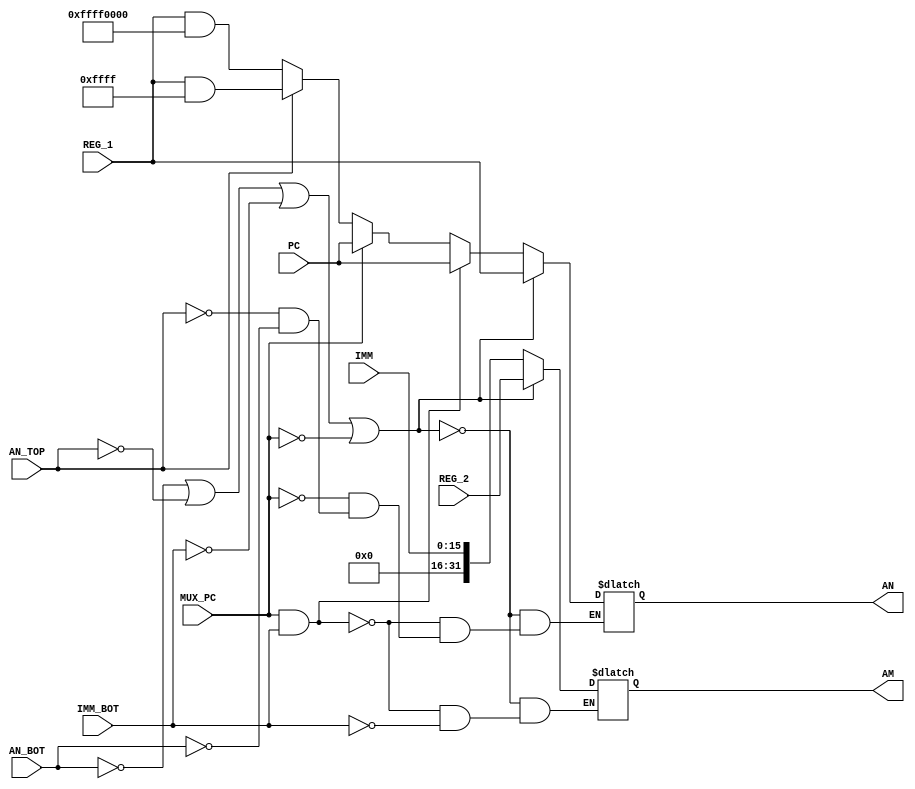
module DataPath 
(
    input[31:0] PC, REG_1, REG_2,
    input[15:0] IMM,
    input AN_BOT, AN_TOP, IMM_BOT, MUX_PC,
    output reg [31:0] AN, AM   
);

always @(*) begin
    if (AN_BOT) begin //IF AN_BOT REG_1 is and with FFFF0000
        AN = REG_1 & 32'hFFFF0000;
    end 
    if (AN_TOP) begin // AN_TOP signal 
        AN = REG_1 & 32'h0000FFFF;
    end 
    if (IMM_BOT) begin 
        AM = {16'h0000, IMM};
    end 
    if (MUX_PC) begin 
        AN = PC;
    end 
    if (MUX_PC & IMM_BOT) begin
        AN = PC;
        AM = {16'h0000 , IMM};
    end 
    if (!AN_BOT | !AN_TOP | !IMM_BOT | !MUX_PC ) begin
        AN = REG_1;
        AM = REG_2;
    end
end
endmodule